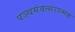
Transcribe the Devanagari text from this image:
पञ्चसंवत्सरात्मक